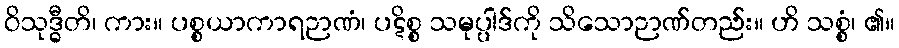
ဝိသုဒ္ဓီတိ၊ ကား။ ပစ္စယာကာရဉာဏံ၊ ပဋိစ္စ သမုပ္ပါဒ်ကို သိသောဉာဏ်တည်း။ ဟိ သစ္စံ၊ ၏။